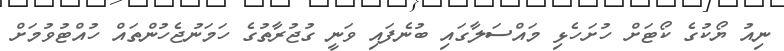
ނިއު ޔޯކުގެ ކޯޓަށް ހުށަހެޅި މައްސަލާގައި ބުނެފައި ވަނީ ގުޖުރާތުގެ ހަމަނުޖެހުންތައް ހުއްޓުވުމަށް